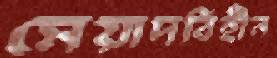
মেয়াদবিহীন